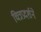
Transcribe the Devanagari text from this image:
चित्रप्रदर्शने